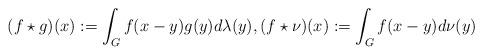
LaTeX: \begin{align*} (f\star g)(x) := \int_G f(x-y) g(y)d\lambda(y), (f\star \nu)(x) := \int_G f(x-y) d\nu(y)\end{align*}